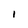
Character: I